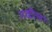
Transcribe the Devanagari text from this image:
नळीला